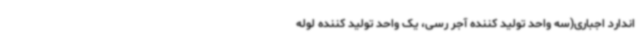
اندارد اجباری(سه واحد تولید کننده آجر رسی، یک واحد تولید کننده لوله